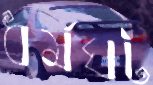
ধর্মঘট